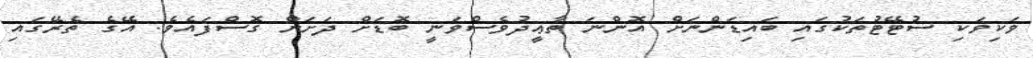
ވަކިވަކި ސުޓޭޓުތަކުގައި ބައިޑަންނަށް އޮންނަ ތާޢީދުވެސްވަނީ ބޮޑަށް ދަށަށް ގޮސްފައެވެ. އޭގެ ތެރޭގައި